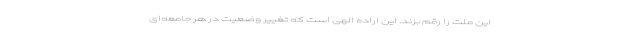
این ملت را رقم بزند. این اراده الهی است که تغییر وضعیت در هر جامعه‌ای